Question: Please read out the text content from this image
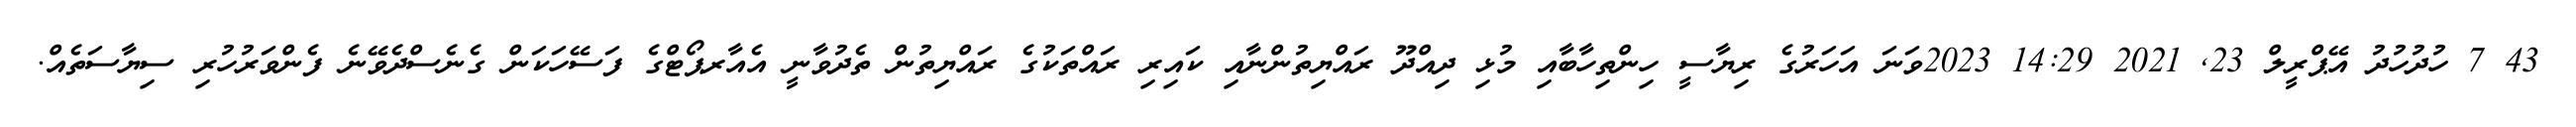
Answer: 43 7 ހުދުހުދު އޭޕްރީލް 23, 2021 14:29 2023ވަނަ އަހަރުގެ ރިޔާސީ ހިންތިހާބާއި މުޅި ދިއްދޫ ރައްޔިތުންނާއި ކައިރި ރައްތަކުގެ ރައްޔިތުން ތެދުވާނީ އެއާރޕޯޓްގެ ފަސޭހަކަން ގެނެސްދެވޭނެ ފެންވަރުހުރި ސިޔާސަތެއް.